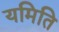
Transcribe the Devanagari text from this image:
यमिति